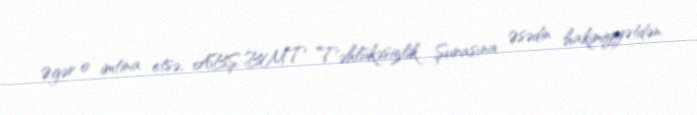
Əgər o imtina etsə, ABŞ BMT Təhlükəsizlik Şurasına Əsədin hakimiyyətdən